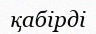
қабірді